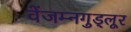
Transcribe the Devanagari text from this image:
वेंजम्नगुड्लूर